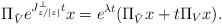
\begin{align*} \Pi_{\tilde{V}} e^{J_{z/|z|}^\perp t} x = e^{\lambda t}(\Pi_{\tilde{V}}x + t\Pi_{V} x).\end{align*}